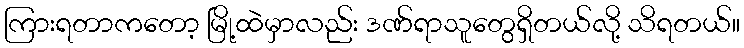
ကြားရတာကတော့ မြို့ထဲမှာလည်း ဒဏ်ရာသူတွေရှိတယ်လို့ သိရတယ်။